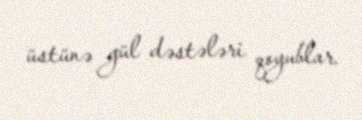
üstünə gül dəstələri qoyublar.